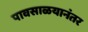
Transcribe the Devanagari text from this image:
पावसाळयानंतर